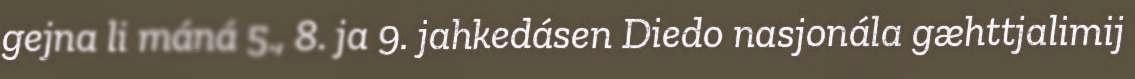
gejna li máná 5., 8. ja 9. jahkedásen Diedo nasjonála gæhttjalimij